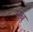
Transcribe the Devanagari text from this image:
सुबु